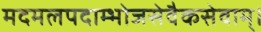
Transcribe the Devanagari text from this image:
मदमलपदाम्भोजसेवैकसेवाम्।